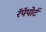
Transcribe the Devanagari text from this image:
रॅपॅपोर्ट